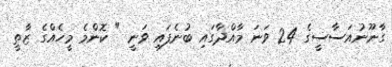
ގާނޫނުއަސާސީގެ 24 ވަނަ މާއްދާގައި ބުނެފައި ވަނީ " ކޮންމެ މީހެއްގެ ޒާތީ